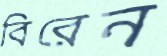
বিরেন